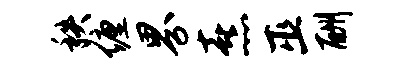
秩缠界熹巫酬